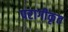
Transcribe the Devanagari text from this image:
परागीकृत